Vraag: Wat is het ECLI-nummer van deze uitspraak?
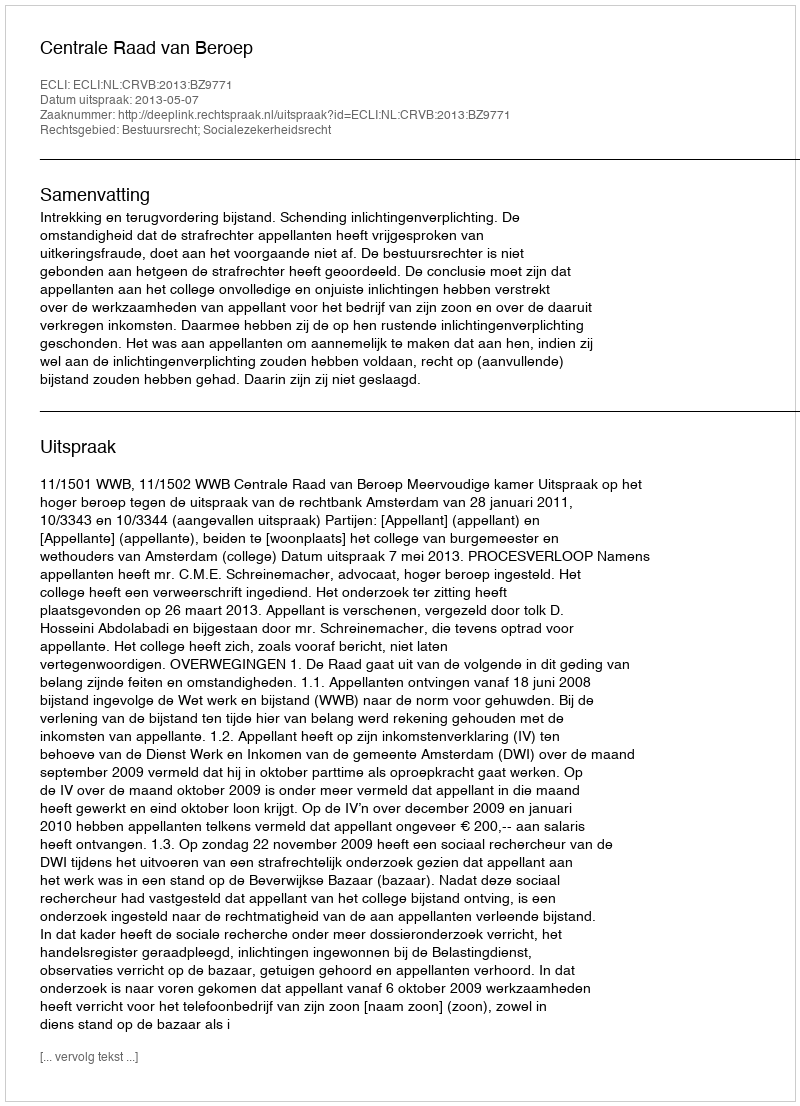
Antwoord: ECLI:NL:CRVB:2013:BZ9771